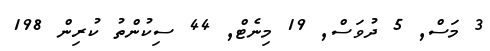
3 މަސް